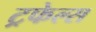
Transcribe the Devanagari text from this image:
ट्रफेल्स